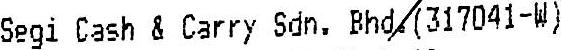
SEGI CASH & CARRY SDN. BHD.(317041-W)